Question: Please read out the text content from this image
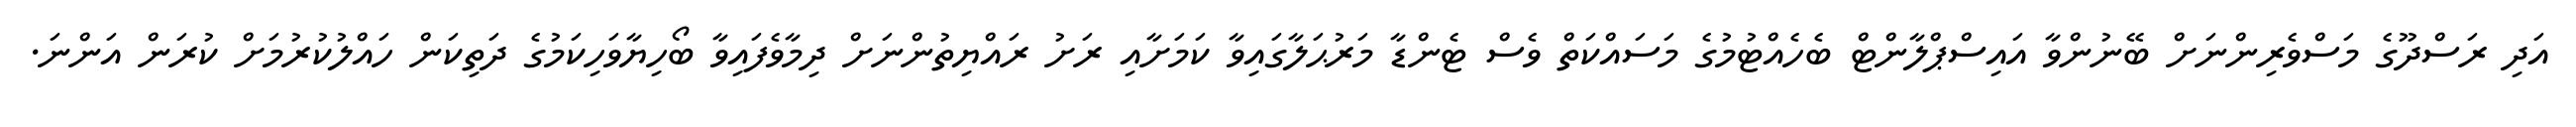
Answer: އަދި ރަސްދޫގެ މަސްވެރިންނަށް ބޭނުންވާ އައިސްޕްލާންޓް ބެހެއްޓުމުގެ މަސައްކަތް ވެސް ޓެންޑާ މަރުޙަލާގައިވާ ކަމަށާއި ރަށު ރައްޔިތުންނަށް ދިމާވެފައިވާ ބޯހިޔާވަހިކަމުގެ ދަތިކަން ހައްލުކުރުމަށް ކުރަން އަންނަ.